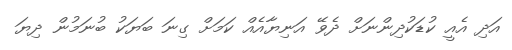
އަދި އެއީ ކުޑަކުދިންނަށް ދެވޭ އަނިޔާއެއް ކަމަށް ގިނަ ބަޔަކު ބުނަމުން ދިޔަ